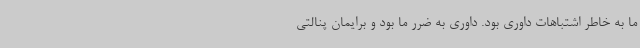
ما به خاطر اشتباهات داوری بود. داوری به ضرر ما بود و برایمان پنالتی